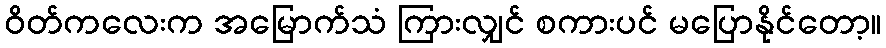
ဝိတ်ကလေးက အမြောက်သံ ကြားလျှင် စကားပင် မပြောနိုင်တော့။